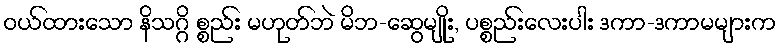
ဝယ်ထားသော နိသဂ္ဂိ စ္စည်း မဟုတ်ဘဲ မိဘ-ဆွေမျိုး, ပစ္စည်းလေးပါး ဒကာ-ဒကာမများက